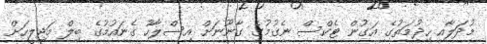
މުދަލާއި ހިދުމަތުގެ އަގުން ޓެކްސް ނެގުމުގެ ގާނޫނަށް އިސްލާހު ގެނައުމުގެ ބިލް މަޖިލީހަށް